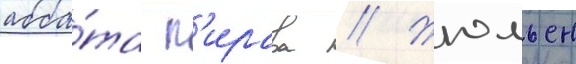
абба́та п'ирара // Жюльен